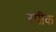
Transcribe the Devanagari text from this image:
स्‍पीक